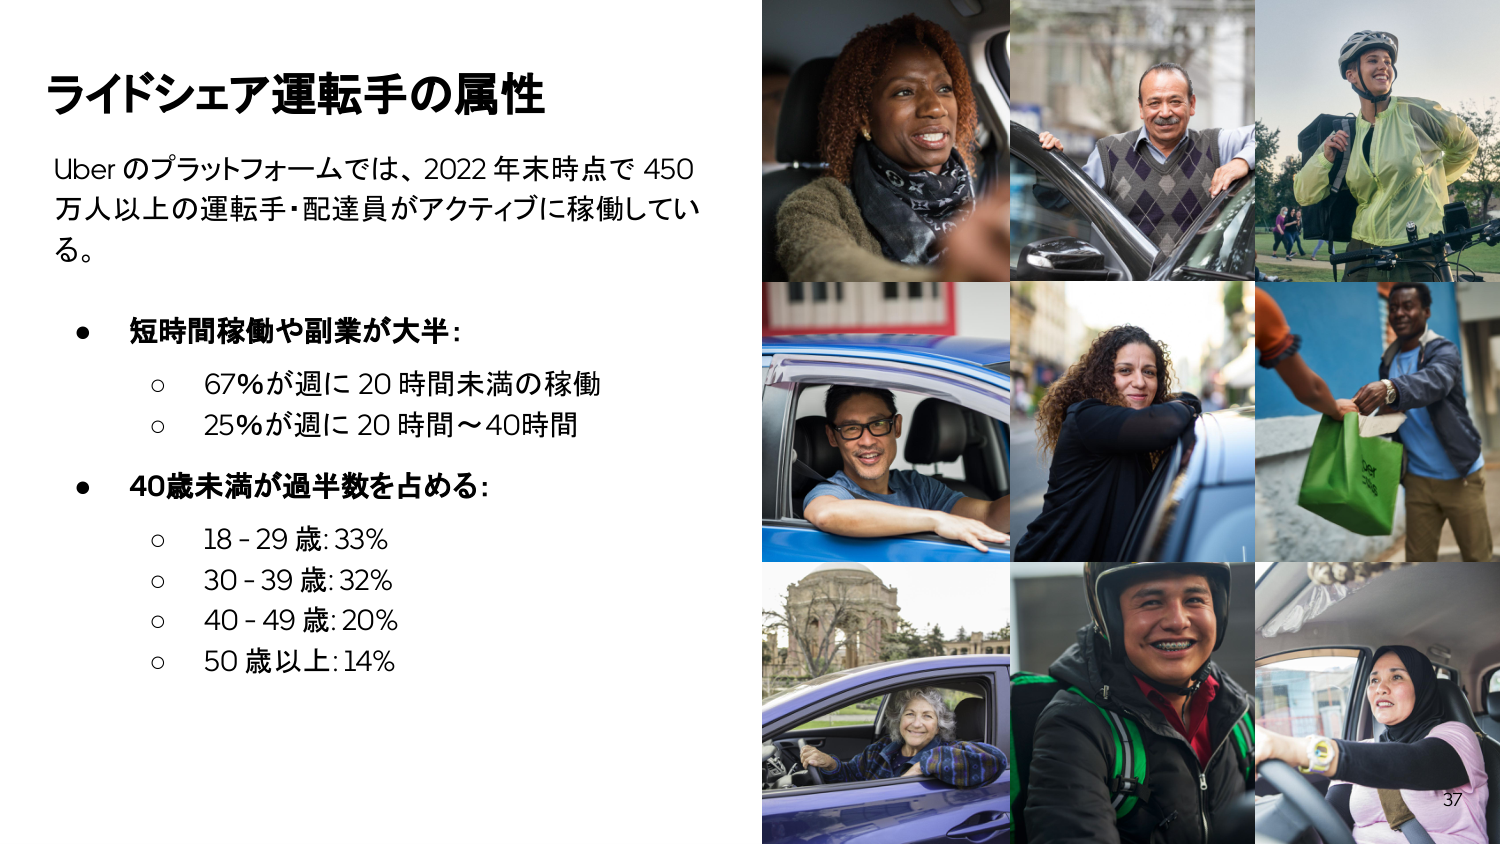
ライドシェア運転手の属性

Uber のプラットフォームでは、2022 年末時点で 450 万人以上の運転手・配達員がアクティブに稼働している。

● 短時間稼働や副業が大半：
○ 67%が週に 20 時間未満の稼働
○ 25%が週に 20 時間～40時間

● 40歳未満が過半数を占める：
○ 18 - 29 歳: 33%
○ 30 - 39 歳: 32%
○ 40 - 49 歳: 20%
○ 50 歳以上: 14%

37